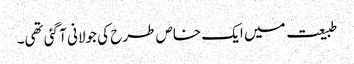
طبیعت میں ایک خاص طرح کی جولانی آ گئی تھی۔